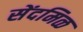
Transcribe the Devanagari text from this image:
सेंदमिळ